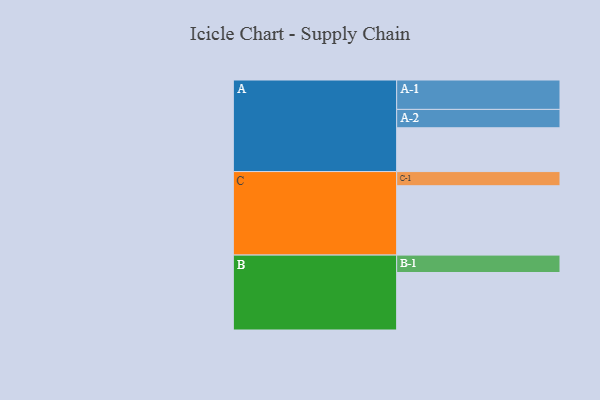
{"axis": {"x": "Segment", "y": "Value"}, "legend": ["", "A", "B", "C"], "data": [{"x": "A", "y": 365, "type": ""}, {"x": "B", "y": 479, "type": ""}, {"x": "C", "y": 578, "type": ""}, {"x": "A-1", "y": 245, "type": "A"}, {"x": "A-2", "y": 153, "type": "A"}, {"x": "B-1", "y": 145, "type": "B"}, {"x": "C-1", "y": 118, "type": "C"}]}